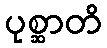
ပုစ္ဆာတိ